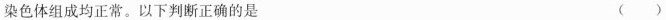
染色体组成均正常。以下判断正确的是 ( )